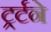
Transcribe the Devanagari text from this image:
ट्रर्टने